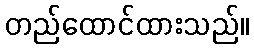
တည်ထောင်ထားသည်။